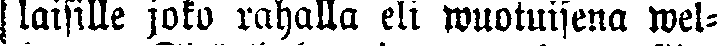
laisille joko rahalla eli wuotuisena wel-